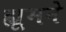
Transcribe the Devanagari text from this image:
ह्यूमने